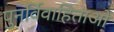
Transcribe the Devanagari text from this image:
पुनर्विवाहिताओं